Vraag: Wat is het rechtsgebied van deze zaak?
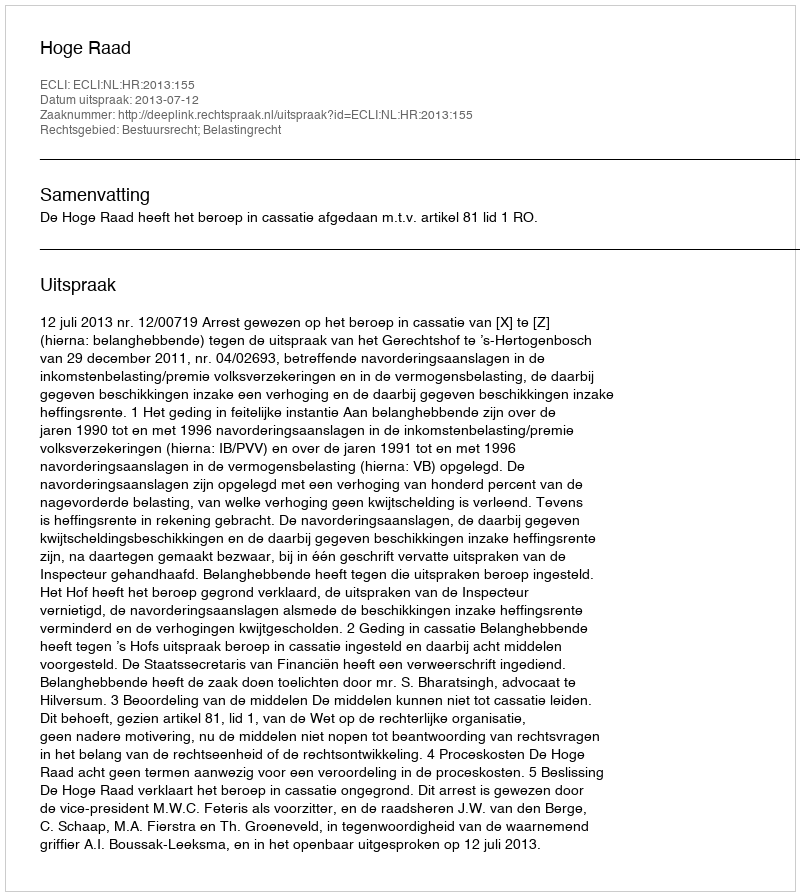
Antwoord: Bestuursrecht; Belastingrecht